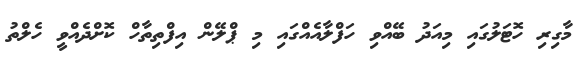
މާގިރި ހޮޓަލުގައި މިއަދު ބޭއްވި ހަފްލާއެއްގައި މި ޕްލޭން އިފްތިތާހް ކޮށްދެއްވީ ހެލްތު